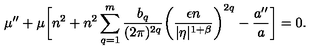
\mu ^ { \prime \prime } + \mu \biggl [ n ^ { 2 } + n ^ { 2 } \sum _ { q = 1 } ^ { m } \frac { b _ { q } } { ( 2 \pi ) ^ { 2 q } } \biggl ( \frac { \epsilon n } { \vert \eta \vert ^ { 1 + \beta } } \biggr ) ^ { 2 q } - \frac { a ^ { \prime \prime } } { a } \biggr ] = 0 .